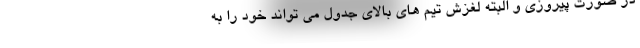
در صورت پیروزی و البته لغزش تیم های بالای جدول می تواند خود را به